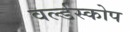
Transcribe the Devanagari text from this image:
वर्ल्डस्कोप